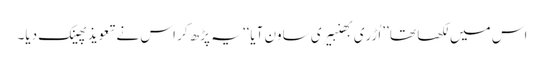
اس میں لکھا تھا ’’اُڑری بھنبیری ساون آیا‘‘ یہ پڑھ کر اس نے تعویذ پھینک دیا۔